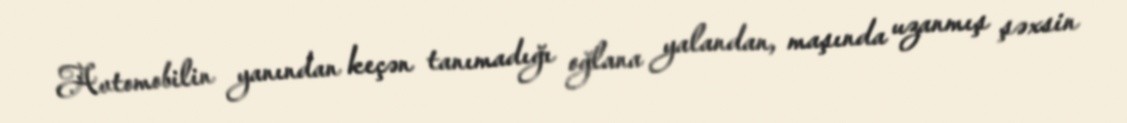
Avtomobilin yanından keçən tanımadığı oğlana yalandan, maşında uzanmış şəxsin